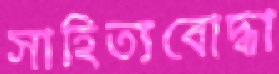
সাহিত্যবোদ্ধা